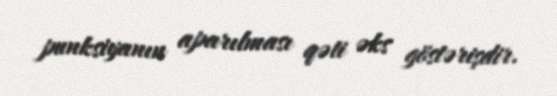
punksiyanın aparılması qəti əks göstərişdir.